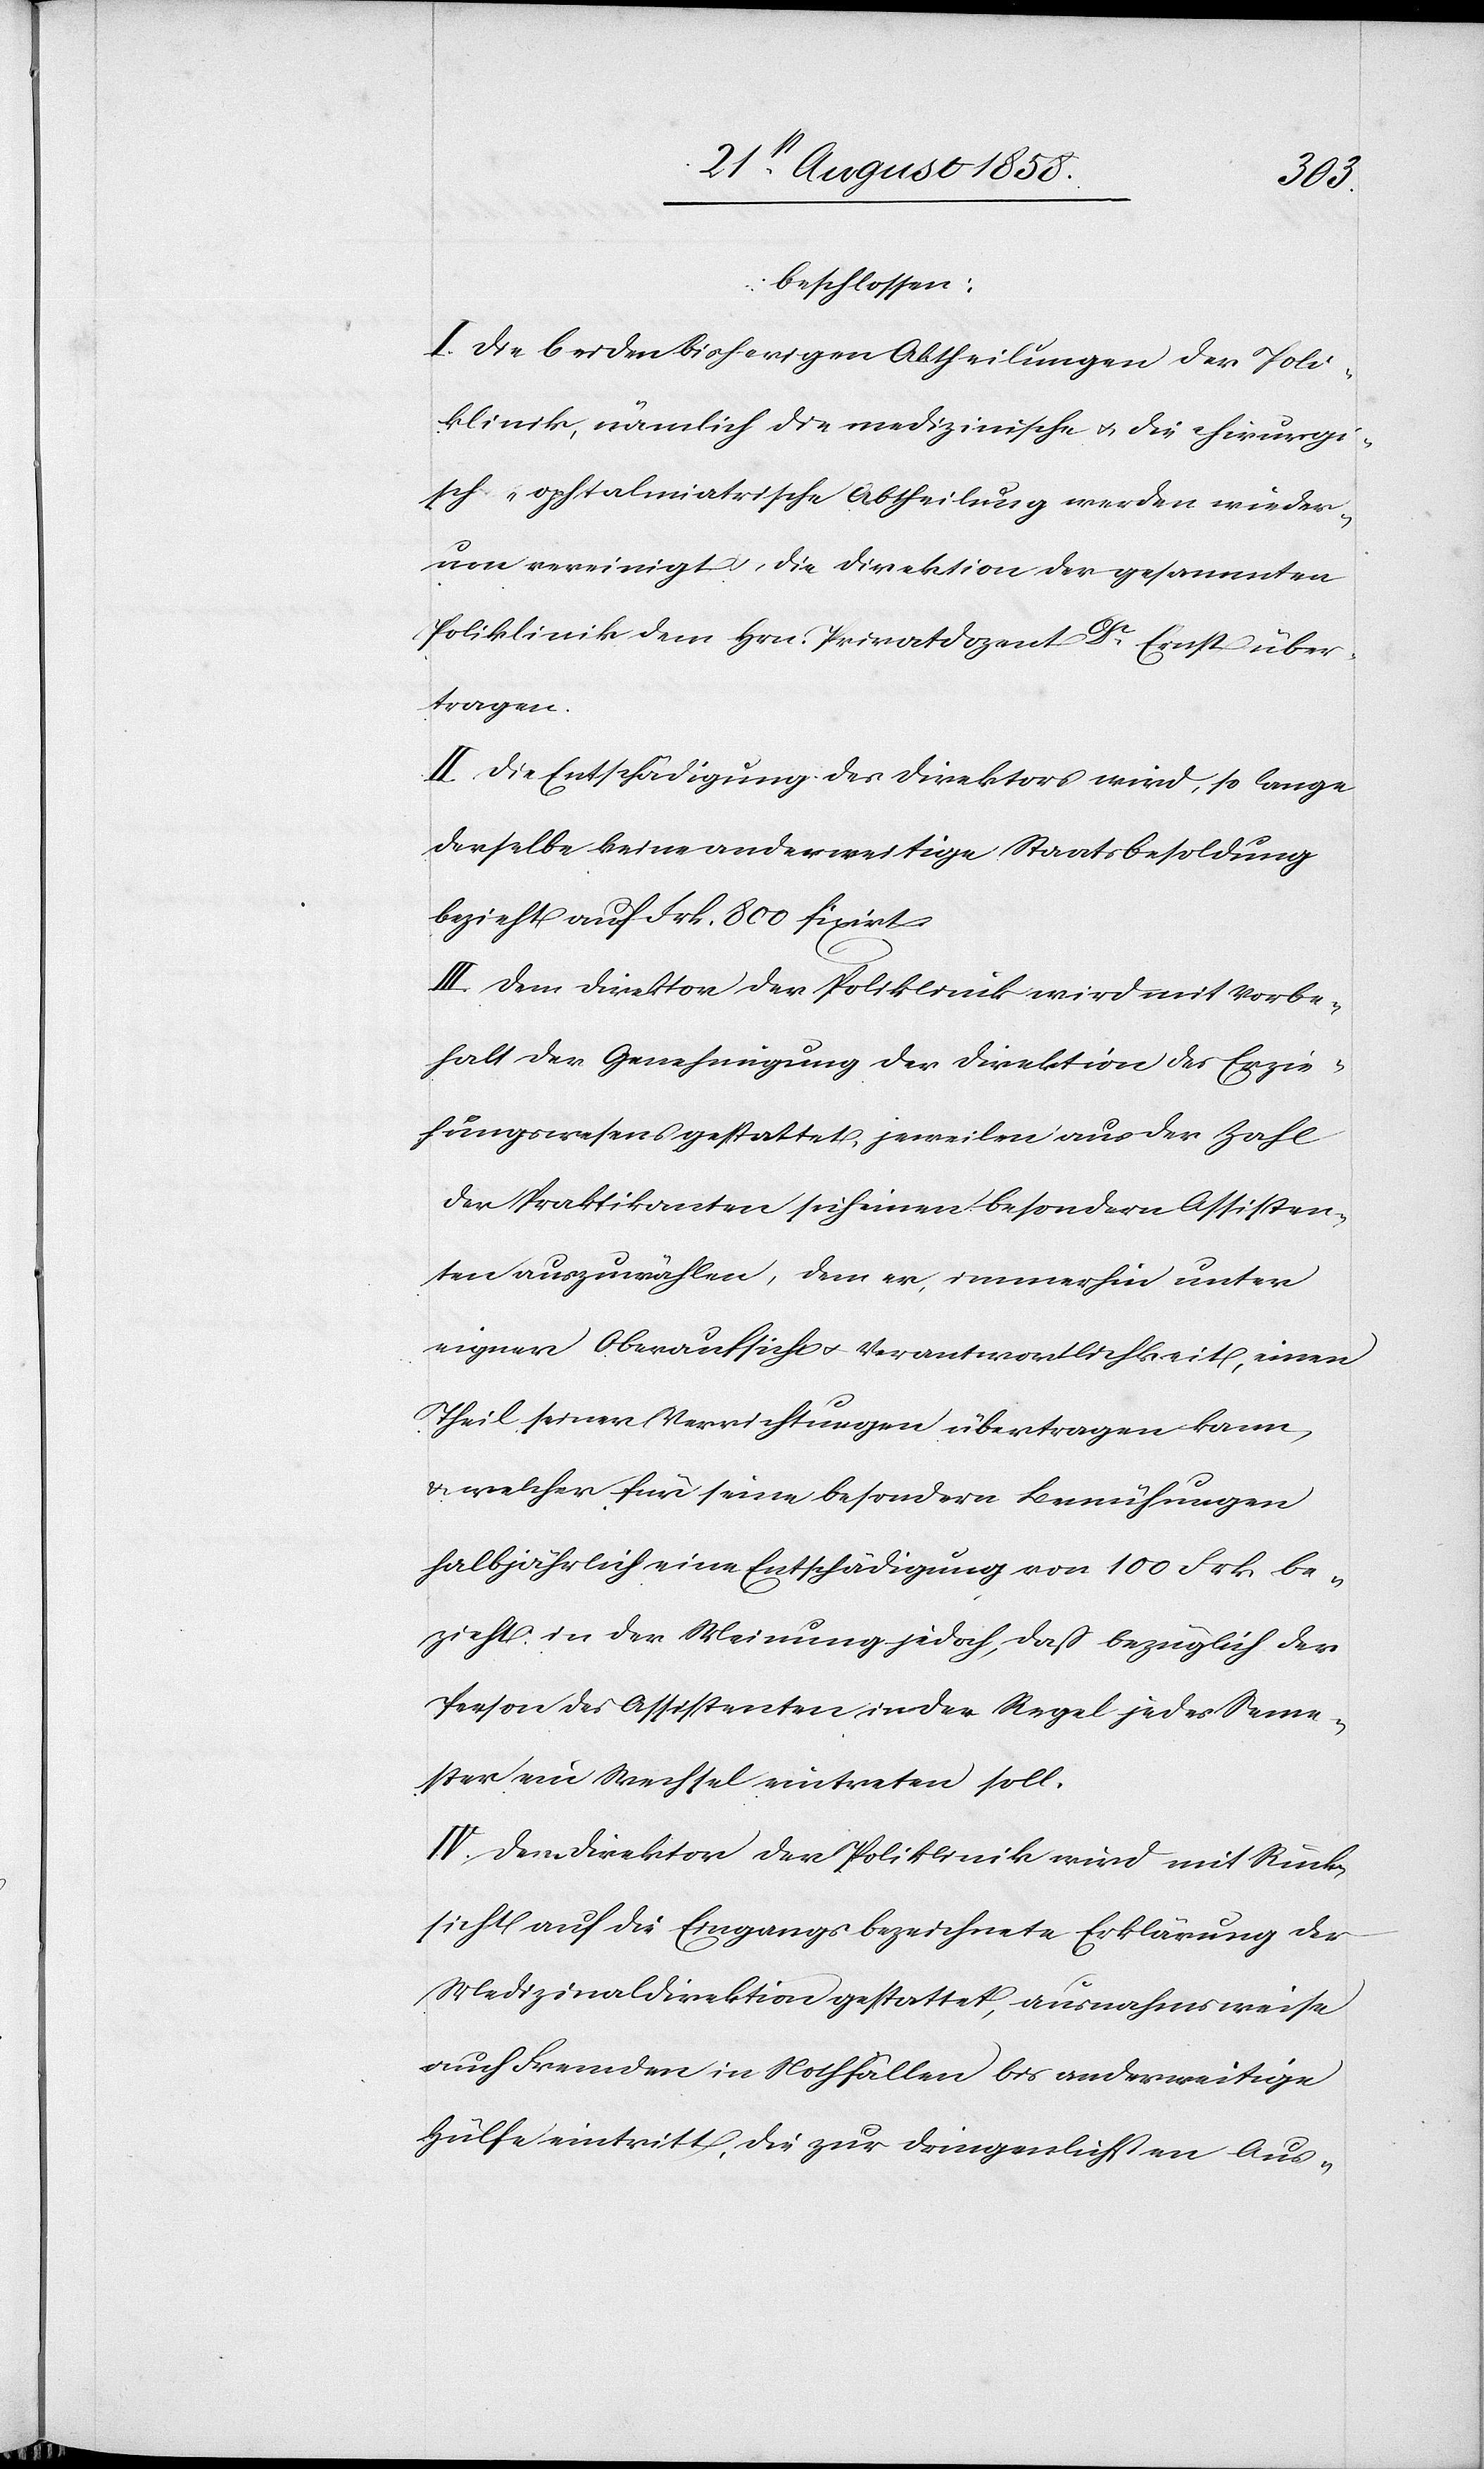
beschlossen:
I. Die beiden bisherigen Abtheilungen der Poli¬
klinik, nämlich die medizinische & die chirurgi¬
sch-ophtalmiatrische Abtheilung werden wieder¬
um vereinigt & die Direktion der gesammten
Poliklinik dem Hrn. Privatdozent Dr Ernst über¬
tragen.
II. Die Entschädigung des Direktors wird, so lange
derselbe keine anderweitige Staatsbesoldung
bezieht auf Frk. 800 fixirt.
III. Dem Direktor der Poliklinik wird mit Vorbe¬
halt der Genehmigung der Direktion des Erzie¬
hungswesens gestattet, jeweilen aus der Zahl
der Praktikanten sich einen besondern Assisten¬
ten auszuwählen, dem er, immerhin unter
eigner Oberaufsicht & Verantwortlichkeit, einen
Theil seiner Verrichtungen übertragen kann,
& welcher für seine besondern Bemühungen
halbjährlich eine Entschädigung von 100 Frk. be¬
zieht in der Meinung jedoch, dass bezüglich der
Person des Assistenten in der Regel jedes Seme¬
ster ein Wechsel eintreten soll.
IV. Dem Direktor der Poliklinik wird mit Rück¬
sicht auf die Eingangs bezeichnete Erklärung der
Medizinaldirektion gestattet, ausnahmsweise
auch Fremden in Nothfällen bis anderweitige
Hülfe eintritt, die zur dringenlichsten Aus-